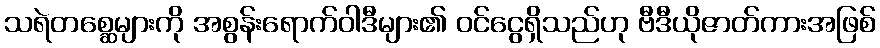
သရဲတစ္ဆေများကို အစွန်းရောက်ဝါဒီများ၏ ဝင်ငွေရှိသည်ဟု ဗီဒီယိုဇာတ်ကားအဖြစ်